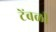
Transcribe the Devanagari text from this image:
टेंबळी